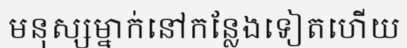
មនុស្សម្នាក់នៅកន្លែងទៀតហើយ